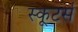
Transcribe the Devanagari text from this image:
स्कूटर्स